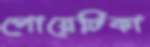
পোয়েটিকা